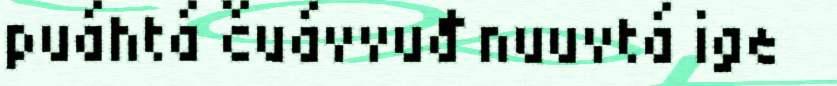
puáhtá čuávvuđ nuuvtá ige